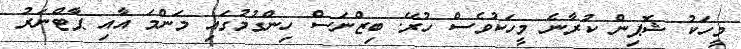
މީހަކު ޝޮޕިން ކުރާނެ މީހަކުވެސް ހުރޭ. ބިޒްނަސް ހިންގުމުގައި މަންމަ އާއި ޕާޓްނަރު